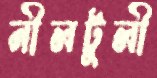
নীলটুলী